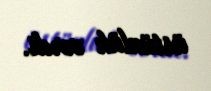
üstünlük verdi.